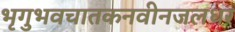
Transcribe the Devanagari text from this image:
भृगुभवचातकनवीनजलधर